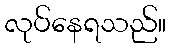
လုပ်နေရသည်။